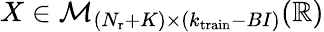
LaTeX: X\in{\cal M}_{(N_{\mathrm{r}}+K)\times(k_{\mathrm{train}}-BI)}(\mathbb{R})